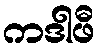
ကဒါဖီ